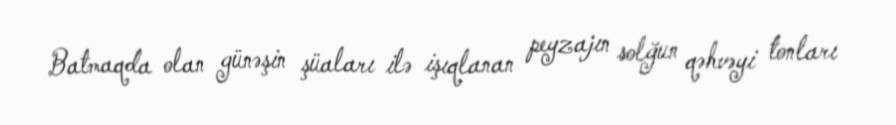
Batmaqda olan günəşin şüaları ilə işıqlanan peyzajın solğun qəhvəyi tonları